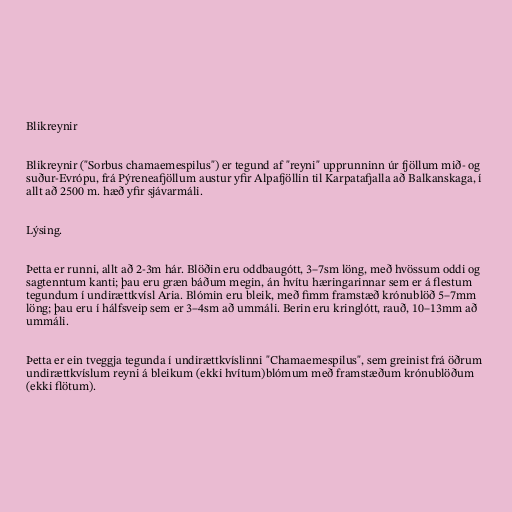
Blikreynir

Blikreynir ("Sorbus chamaemespilus") er tegund af "reyni" upprunninn úr fjöllum mið- og
suður-Evrópu, frá Pýreneafjöllum austur yfir Alpafjöllin til Karpatafjalla að Balkanskaga, í
allt að 2500 m. hæð yfir sjávarmáli.

Lýsing.

Þetta er runni, allt að 2-3m hár. Blöðin eru oddbaugótt, 3–7sm löng, með hvössum oddi og
sagtenntum kanti; þau eru græn báðum megin, án hvítu hæringarinnar sem er á flestum
tegundum í undirættkvísl Aria. Blómin eru bleik, með fimm framstæð krónublöð 5–7mm
löng; þau eru í hálfsveip sem er 3–4sm að ummáli. Berin eru kringlótt, rauð, 10–13mm að
ummáli.

Þetta er ein tveggja tegunda í undirættkvíslinni "Chamaemespilus", sem greinist frá öðrum
undirættkvíslum reyni á bleikum (ekki hvítum)blómum með framstæðum krónublöðum
(ekki flötum).